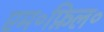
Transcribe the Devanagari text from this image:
एम॰फ़िल॰